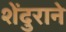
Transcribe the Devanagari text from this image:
शेंदुराने